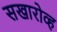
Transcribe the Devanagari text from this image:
सखारोव्ह